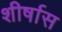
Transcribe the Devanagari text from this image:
शीर्षास